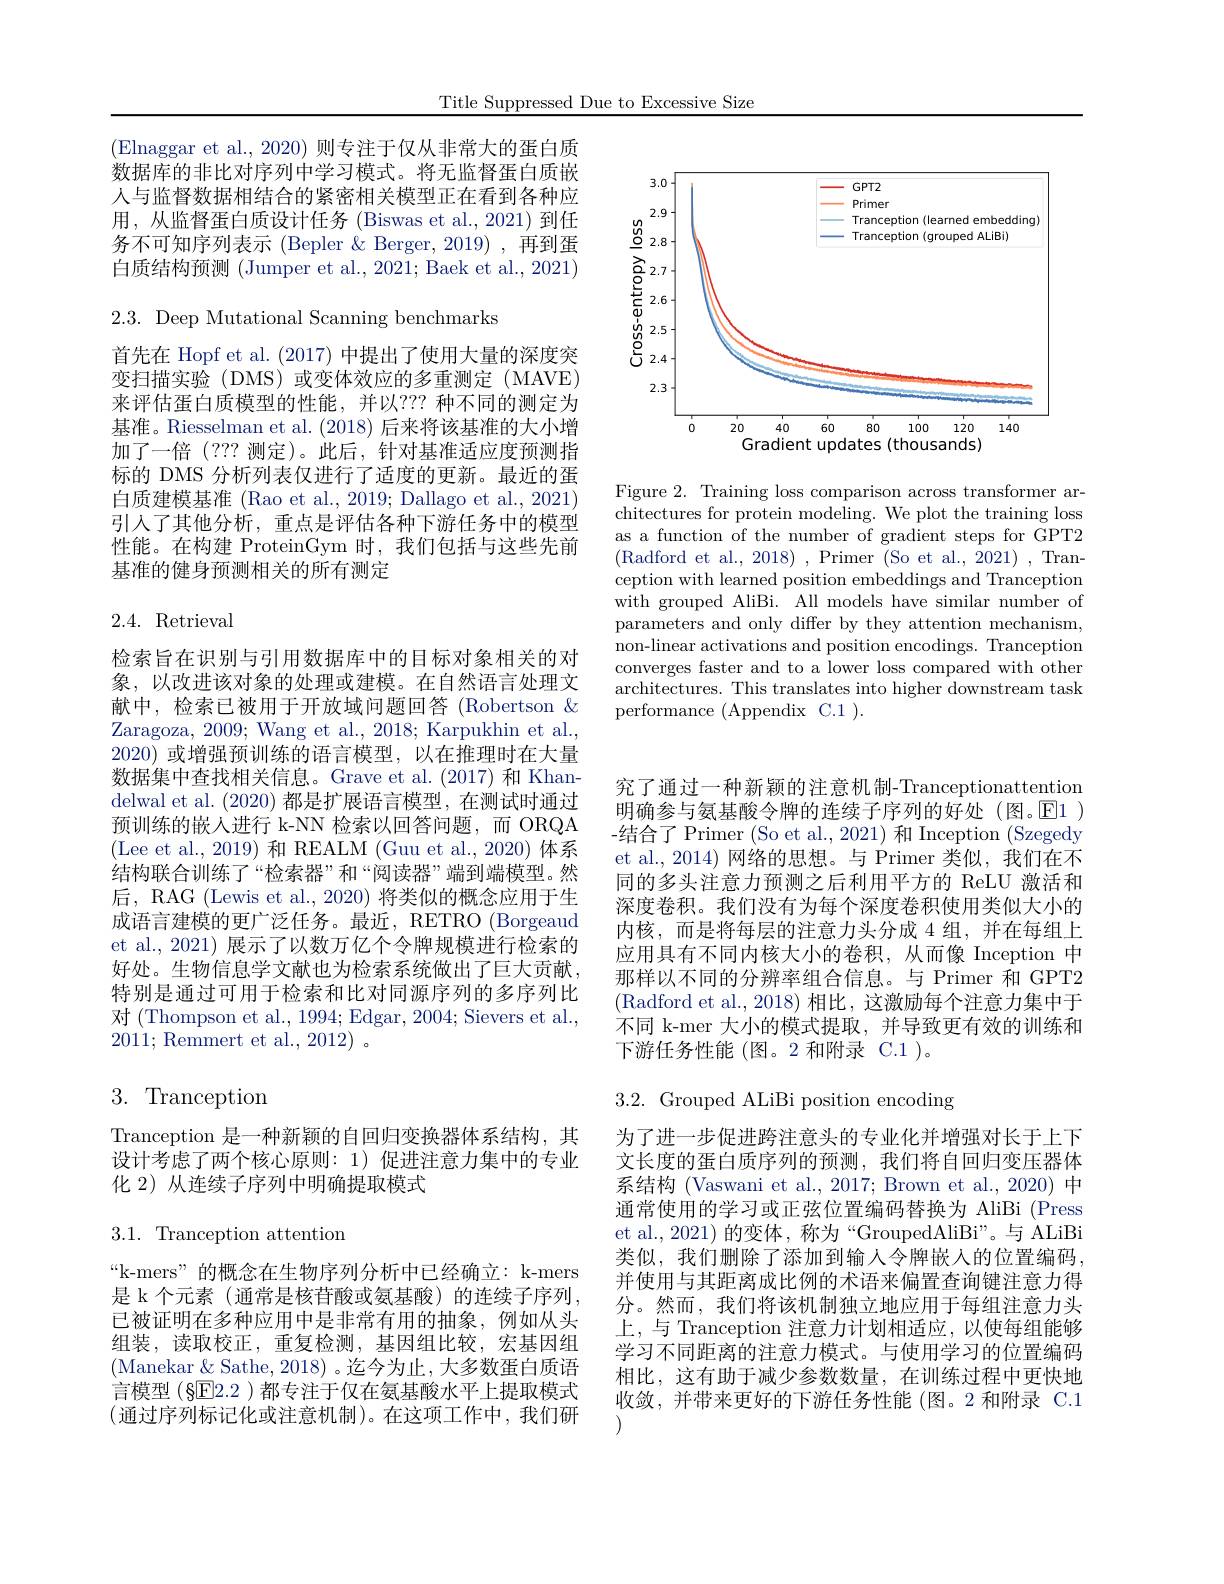
Title Suppressed Due to Excessive Size

(Elnaggar et al., 2020) 则专注于仅从非常大的蛋白质数据库的非比对序列中学习模式。将无监督蛋白质嵌人与监督数据相结合的紧密相关模型正在看到各种应用，从监督蛋白质设计任务(Biswas et al.,2021)到任务不可知序列表示 (Bepler & Berger, 2019) ,再到蛋白质结构预测 (Jumper et al., 2021; Baek et al., 2021)

2.3. Deep Mutational Scanning benchmarks

首先在 Hopf et al. (2017) 中提出了使用大量的深度突变扫描实验(DMS)或变体效应的多重测定(MAVE) 来评估蛋白质模型的性能，并以？?? 种不同的测定为基准。Riesselman et al. (2018)后来将该基准的大小增加了一倍(??? 测定)。此后，针对基准适应度预测指标的 DMS 分析列表仅进行了适度的更新。最近的蛋白质建模基准 (Rao et al., 2019; Dallago et al., 2021) 引入了其他分析，重点是评估各种下游任务中的模型性能。在构建 ProteinGym 时，我们包括与这些先前基准的健身预测相关的所有测定

## 2.4. Retrieval

检索旨在识别与引用数据库中的目标对象相关的对象，以改进该对象的处理或建模。在自然语言处理文献中，检索已被用于开放域问题回答 (Robertson & Zaragoza, 2009; Wang et al., 2018; Karpukhin et al. 2020)或增强预训练的语言模型，以在推理时在大量数据集中查找相关信息。Grave et al.(2017) 和 Khandelwal et al. (2020)都是扩展语言模型，在测试时通过预训练的嵌人进行 k-NN 检索以回答问题，而 ORQA (Lee et al.,2019)和 REALM (Guu et al.,2020) 体系结构联合训练了“检索器”和“阅读器”端到端模型。然后，RAG (Lewis et al., 2020) 将类似的概念应用于生成语言建模的更广泛任务。最近，RETRO (Borgeaud et al., 2021) 展示了以数万亿个令牌规模进行检索的好处。生物信息学文献也为检索系统做出了巨大贡献。特别是通过可用于检索和比对同源序列的多序列比对 (Thompson et al., 1994; Edgar, 2004; Sievers et al., $2011; \bar{\text{Remmert et al. }} , 2012)$ 。

# 3. Tranception

Tranception 是一种新颖的自回归变换器体系结构，其设计考虑了两个核心原则：1) 促进注意力集中的专业化 2) 从连续子序列中明确提取模式

3.1. Tranception attention

“k-mers”的概念在生物序列分析中已经确立：k-mers 是 k 个元素 (通常是核苷酸或氨基酸)的连续子序列， 已被证明在多种应用中是非常有用的抽象，例如从头组装，读取校正，重复检测，基因组比较，宏基因组(Manekar$\&$ Sathe, 2018)。迄今为止，大多数蛋白质语言模型(§E2.2 )都专注于仅在氨基酸水平上提取模式(通过序列标记化或注意机制)。在这项工作中，我们研究的

<FigureHere>

Figure 2. Training loss comparison across transformer ar- $\bar{\text{chitectures for protein modeling. We plot the training loss}}$ as a function of the number of gradient steps for GPT2 (Radford et al., 2018) , Primer (So et al., 2021) , Tranception with learned position embeddings and Tranception with grouped AliBi. All models have similar number of parameters and only differ by they attention mechanism, non-linear activations and position encodings. Tranception converges faster and to a lower loss compared with other architectures. This translates into higher downstream task performance (Appendix C.1 ).

究了通过一种新颖的注意机制-Tranceptionattention 明确参与氨基酸令牌的连续子序列的好处(图。回1 ) -结合了 Primer (So et al., 2021) 和 Inception (Szegedy et al.,2014) 网络的思想。与 Primer 类似，我们在不同的多头注意力预测之后利用平方的 ReLU 激活和深度卷积。我们没有为每个深度卷积使用类似大小的内核，而是将每层的注意力头分成 4 组，并在每组上应用具有不同内核大小的卷积，从而像 Inception 中那样以不同的分辨率组合信息。与 Primer 和 GPT2 (Radford et al., 2018)相比，这激励每个注意力集中于不同 k-mer 大小的模式提取，并导致更有效的训练和下游任务性能(图。2 和附录 C.1 )。

3.2. Grouped ALiBi position encoding
为了进一步促进跨注意头的专业化并增强对长于上下文长度的蛋白质序列的预测，我们将自回归变压器体系结构 (Vaswani et al., 2017; Brown et al., 2020) 中通常使用的学习或正弦位置编码替换为 AliBi (Press et al., 2021) 的变体，称为“GroupedAliBi”。与 ALiBi 类似，我们删除了添加到输人令牌嵌入的位置编码， 并使用与其距离成比例的术语来偏置查询键注意力得分。然而，我们将该机制独立地应用于每组注意力头上，与 Tranception 注意力计划相适应，以使每组能够学习不同距离的注意力模式。与使用学习的位置编码相比，这有助于减少参数数量，在训练过程中更快地收敛，并带来更好的下游任务性能 (图。2 和附录 C.1

(1)